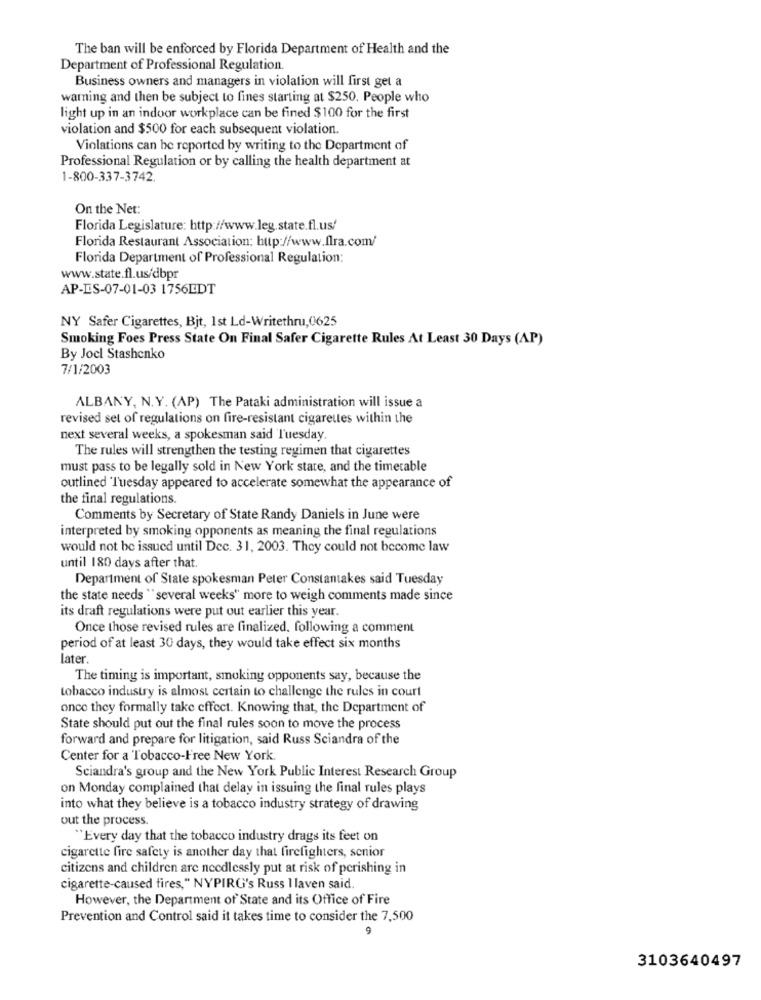
The ban will be enforced by Florida Department of Health and the
Department of Professional Regulation.
Business owners and managers in violation will first get a
warning and then be subject to fines starting at $250, People who
light up in an indoor workplace can be fined $100 for the first
violation and $500 for each subsequent violation.
Violations can be reported by writing to the Department of
Professional Regulation or by calling the health department at
1-800-337-3742.
On the Net:
Florida Legislature: http://www.leg.state.fl.us/
Florida Restaurant Association: http://www.fra.com/
Florida Department of Professional Regulation:
www.state.fl.us/dbpr
AP-IS-07-01-03 1756EDT
NY Safer Cigarettes, Bit, Ist Ld-Writethru,0625
Smoking Foes Press State On Final Safer Cigarette Rules At Least 30 Days (AP)
By Joel Stashenko
7/1/2003
ALBANY, N. Y. (AP) The Pataki administration will issue a
revised set of regulations on fire-resistant cigarettes within the
next several weeks, a spokesman said Tuesday.
The rules will strengthen the testing regimen that cigarettes
must pass to be legally sold in New York state, and the timetable
outlined Tuesday appeared to accelerate somewhat the appearance of
the final regulations.
Comments by Secretary of State Randy Daniels in June were
interpreted by smoking opponents as meaning the final regulations
would not be issued until Dec. 31, 2003. They could not become law
until 180 days after that.
Department of State spokesman Peter Constantakes said Tuesday
the state needs "several weeks" more to weigh comments made since
its draft regulations were put out earlier this year.
Once those revised rules are finalized. following a comment
period of at least 30 days, they would take effect six months
later.
The timing is important, smoking opponents say, because the
tobacco industry is almost certain to challenge the rules in court
once they formally take effect. Knowing that, the Department of
State should put out the final rules soon to move the process
forward and prepare for litigation, said Russ Sciandra of the
Center for a Tobacco-Free New York
Sciandra's group and the New York Public Interest Research Group
on Monday complained that delay in issuing the final rules plays
into what they believe is a tobacco industry strategy of drawing
out the process.
"Every day that the tobacco industry drags its feet on
cigarette fire safety is another day that firefighters, senior
citizens and children are needlessly put at risk of perishing in
cigarette-caused fires," NYPIRG's Russ 1 laven said.
However, the Department of State and its Office of Fire
Prevention and Control said it takes time to consider the 7,500
9
3103640497